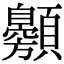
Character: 䫵